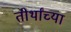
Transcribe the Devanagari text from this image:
तीर्थांच्या